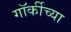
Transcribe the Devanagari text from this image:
गॉर्कीच्या